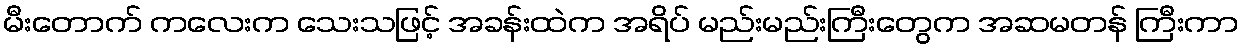
မီးတောက် ကလေးက သေးသဖြင့် အခန်းထဲက အရိပ် မည်းမည်းကြီးတွေက အဆမတန် ကြီးကာ